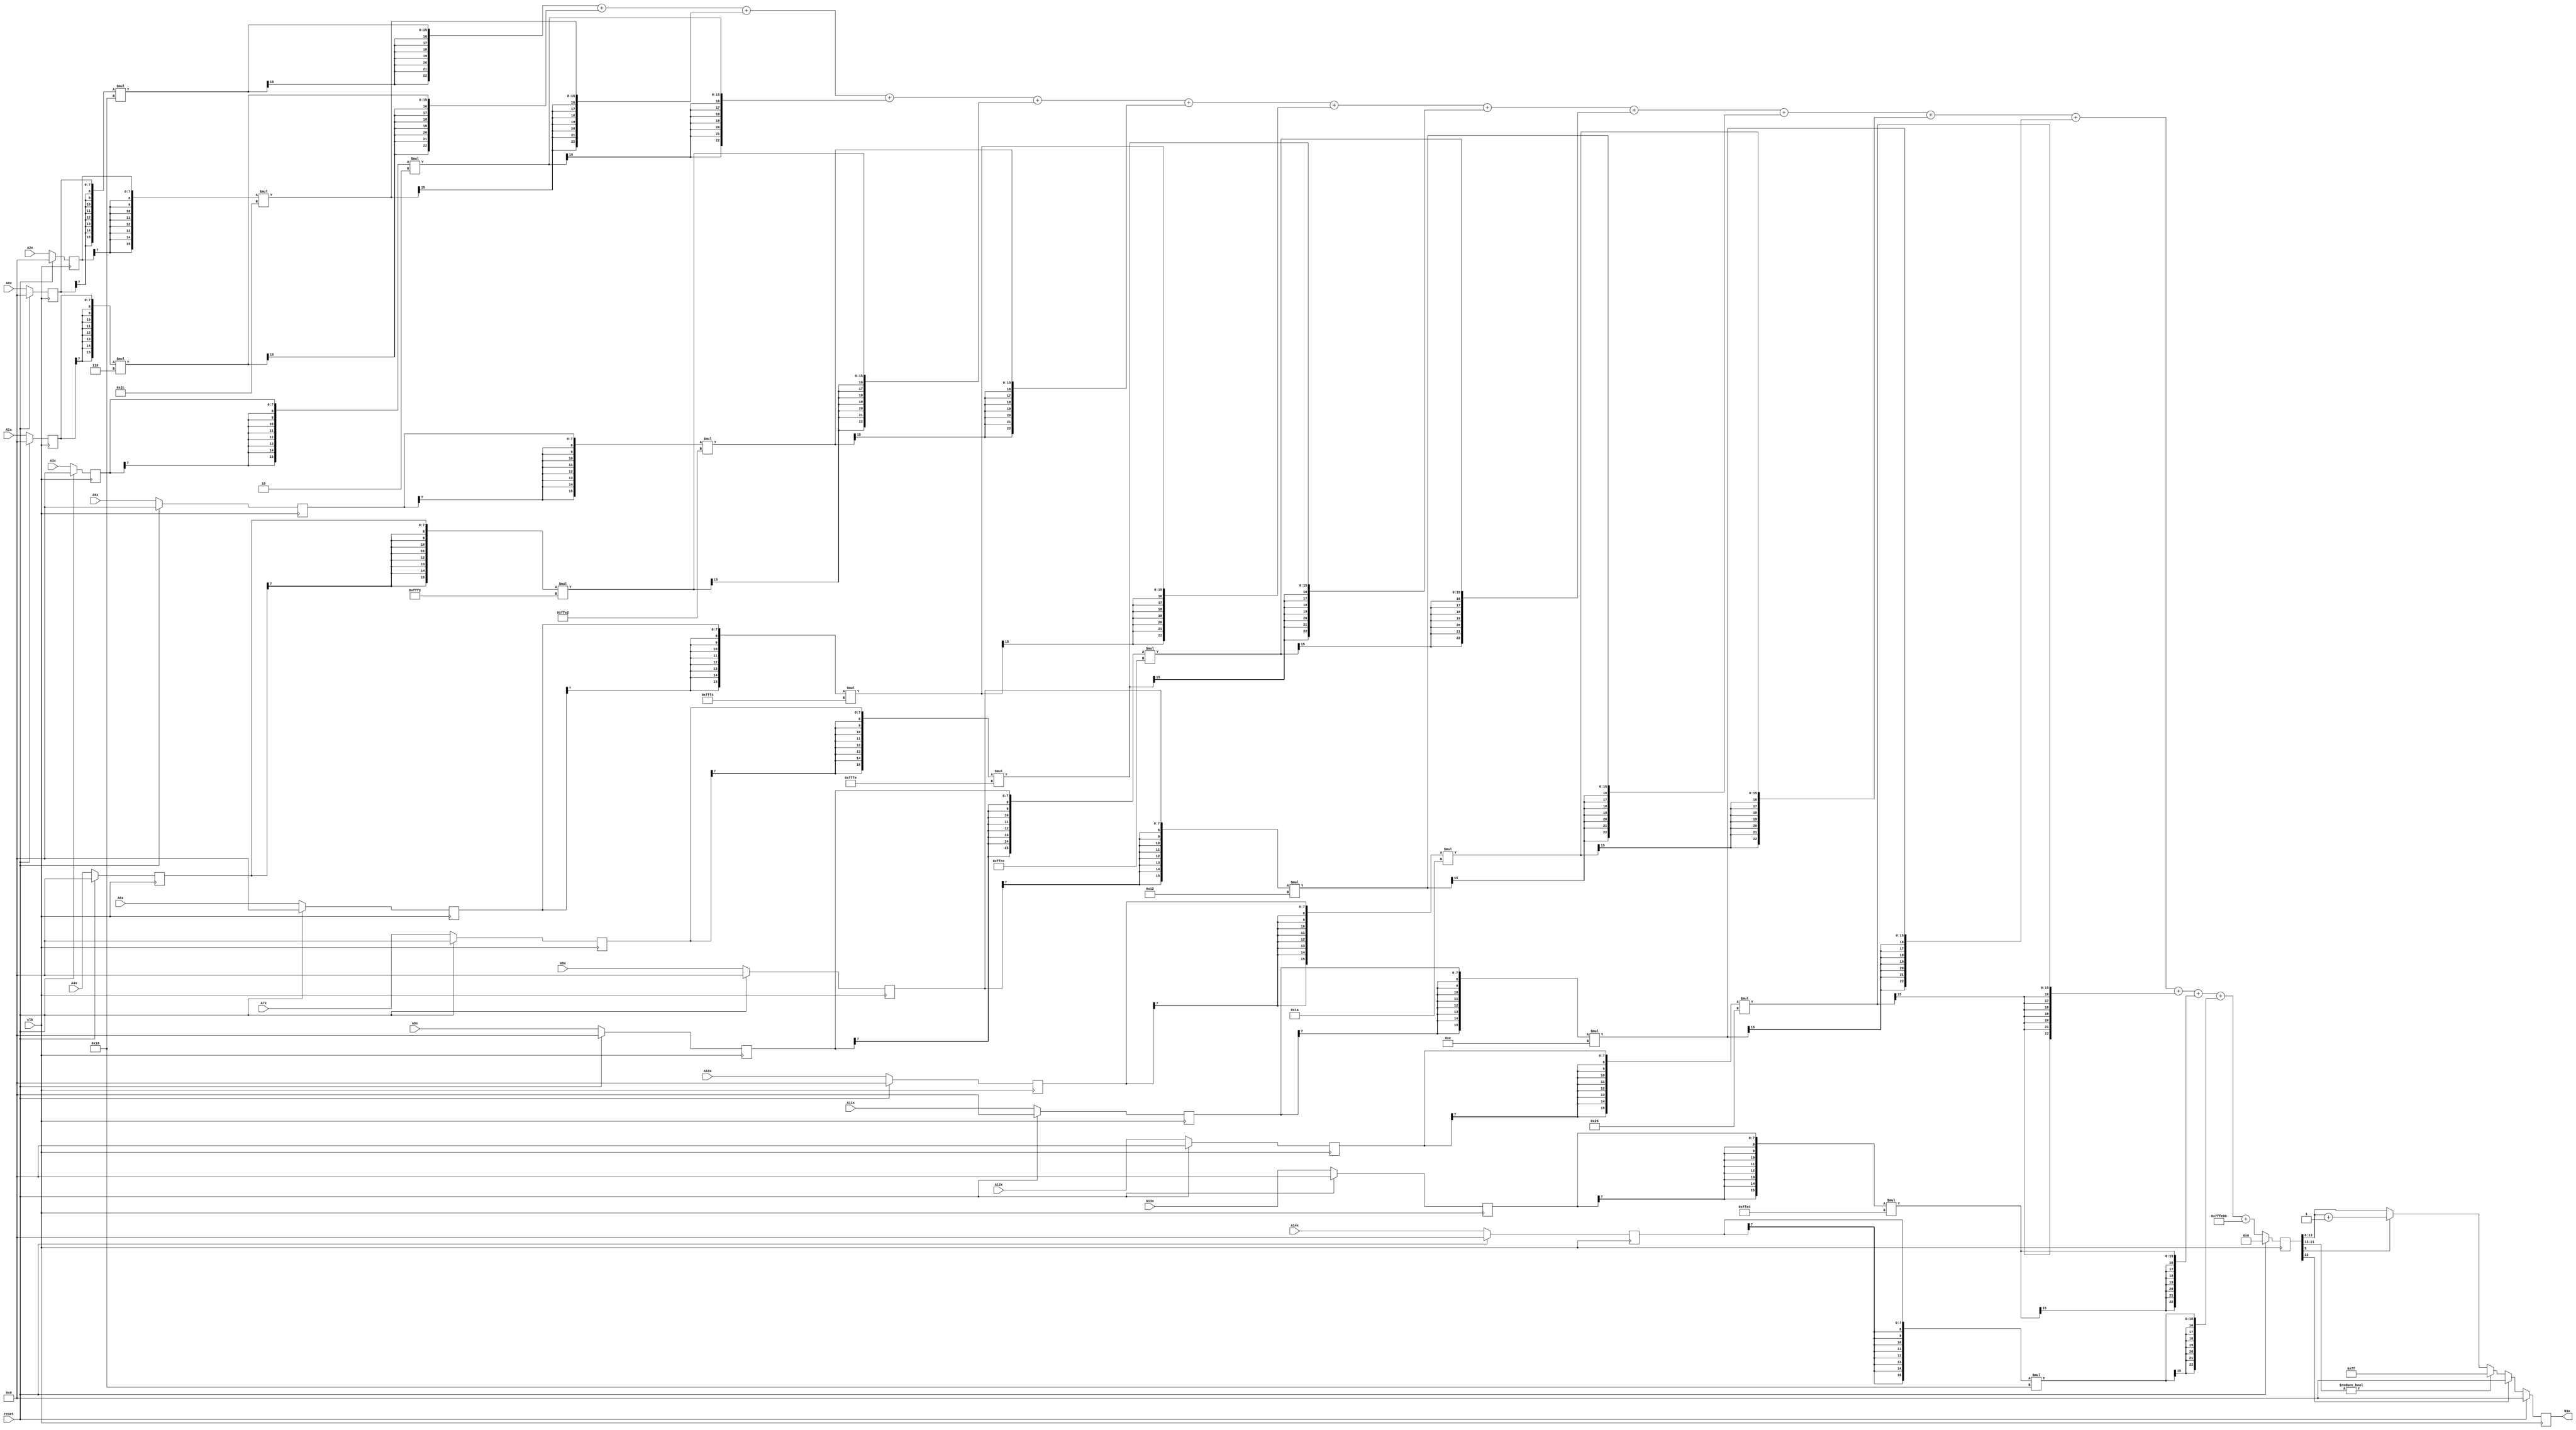
module node_4_3(clk,reset,N3x,A0x,A1x,A2x,A3x,A4x,A5x,A6x,A7x,A8x,A9x,A10x,A11x,A12x,A13x,A14x);
	input clk;
	input reset;
	input [7:0] A0x, A1x, A2x, A3x, A4x, A5x, A6x, A7x, A8x, A9x, A10x, A11x, A12x, A13x, A14x;
	reg [7:0] A0x_c, A1x_c, A2x_c, A3x_c, A4x_c, A5x_c, A6x_c, A7x_c, A8x_c, A9x_c, A10x_c, A11x_c, A12x_c, A13x_c, A14x_c;
	wire [15:0] sum0x, sum1x, sum2x, sum3x, sum4x, sum5x, sum6x, sum7x, sum8x, sum9x, sum10x, sum11x, sum12x, sum13x, sum14x;
	output reg [7:0] N3x;
	reg [22:0] sumout;

	parameter [7:0] W0x=8'd22;
	parameter [7:0] W1x=8'd6;
	parameter [7:0] W2x=8'd44;
	parameter [7:0] W3x=8'd2;
	parameter [7:0] W4x=-8'd14;
	parameter [7:0] W5x=-8'd30;
	parameter [7:0] W6x=-8'd12;
	parameter [7:0] W7x=-8'd2;
	parameter [7:0] W8x=-8'd52;
	parameter [7:0] W9x=8'd18;
	parameter [7:0] W10x=8'd26;
	parameter [7:0] W11x=8'd14;
	parameter [7:0] W12x=8'd38;
	parameter [7:0] W13x=-8'd28;
	parameter [7:0] W14x=8'd22;
	parameter [15:0] B0x=-16'd512;


	assign sum0x = {A0x_c[7],A0x_c[7],A0x_c[7],A0x_c[7],A0x_c[7],A0x_c[7],A0x_c[7],A0x_c[7],A0x_c}*{W0x[7],W0x[7],W0x[7],W0x[7],W0x[7],W0x[7],W0x[7],W0x[7],W0x};
	assign sum1x = {A1x_c[7],A1x_c[7],A1x_c[7],A1x_c[7],A1x_c[7],A1x_c[7],A1x_c[7],A1x_c[7],A1x_c}*{W1x[7],W1x[7],W1x[7],W1x[7],W1x[7],W1x[7],W1x[7],W1x[7],W1x};
	assign sum2x = {A2x_c[7],A2x_c[7],A2x_c[7],A2x_c[7],A2x_c[7],A2x_c[7],A2x_c[7],A2x_c[7],A2x_c}*{W2x[7],W2x[7],W2x[7],W2x[7],W2x[7],W2x[7],W2x[7],W2x[7],W2x};
	assign sum3x = {A3x_c[7],A3x_c[7],A3x_c[7],A3x_c[7],A3x_c[7],A3x_c[7],A3x_c[7],A3x_c[7],A3x_c}*{W3x[7],W3x[7],W3x[7],W3x[7],W3x[7],W3x[7],W3x[7],W3x[7],W3x};
	assign sum4x = {A4x_c[7],A4x_c[7],A4x_c[7],A4x_c[7],A4x_c[7],A4x_c[7],A4x_c[7],A4x_c[7],A4x_c}*{W4x[7],W4x[7],W4x[7],W4x[7],W4x[7],W4x[7],W4x[7],W4x[7],W4x};
	assign sum5x = {A5x_c[7],A5x_c[7],A5x_c[7],A5x_c[7],A5x_c[7],A5x_c[7],A5x_c[7],A5x_c[7],A5x_c}*{W5x[7],W5x[7],W5x[7],W5x[7],W5x[7],W5x[7],W5x[7],W5x[7],W5x};
	assign sum6x = {A6x_c[7],A6x_c[7],A6x_c[7],A6x_c[7],A6x_c[7],A6x_c[7],A6x_c[7],A6x_c[7],A6x_c}*{W6x[7],W6x[7],W6x[7],W6x[7],W6x[7],W6x[7],W6x[7],W6x[7],W6x};
	assign sum7x = {A7x_c[7],A7x_c[7],A7x_c[7],A7x_c[7],A7x_c[7],A7x_c[7],A7x_c[7],A7x_c[7],A7x_c}*{W7x[7],W7x[7],W7x[7],W7x[7],W7x[7],W7x[7],W7x[7],W7x[7],W7x};
	assign sum8x = {A8x_c[7],A8x_c[7],A8x_c[7],A8x_c[7],A8x_c[7],A8x_c[7],A8x_c[7],A8x_c[7],A8x_c}*{W8x[7],W8x[7],W8x[7],W8x[7],W8x[7],W8x[7],W8x[7],W8x[7],W8x};
	assign sum9x = {A9x_c[7],A9x_c[7],A9x_c[7],A9x_c[7],A9x_c[7],A9x_c[7],A9x_c[7],A9x_c[7],A9x_c}*{W9x[7],W9x[7],W9x[7],W9x[7],W9x[7],W9x[7],W9x[7],W9x[7],W9x};
	assign sum10x = {A10x_c[7],A10x_c[7],A10x_c[7],A10x_c[7],A10x_c[7],A10x_c[7],A10x_c[7],A10x_c[7],A10x_c}*{W10x[7],W10x[7],W10x[7],W10x[7],W10x[7],W10x[7],W10x[7],W10x[7],W10x};
	assign sum11x = {A11x_c[7],A11x_c[7],A11x_c[7],A11x_c[7],A11x_c[7],A11x_c[7],A11x_c[7],A11x_c[7],A11x_c}*{W11x[7],W11x[7],W11x[7],W11x[7],W11x[7],W11x[7],W11x[7],W11x[7],W11x};
	assign sum12x = {A12x_c[7],A12x_c[7],A12x_c[7],A12x_c[7],A12x_c[7],A12x_c[7],A12x_c[7],A12x_c[7],A12x_c}*{W12x[7],W12x[7],W12x[7],W12x[7],W12x[7],W12x[7],W12x[7],W12x[7],W12x};
	assign sum13x = {A13x_c[7],A13x_c[7],A13x_c[7],A13x_c[7],A13x_c[7],A13x_c[7],A13x_c[7],A13x_c[7],A13x_c}*{W13x[7],W13x[7],W13x[7],W13x[7],W13x[7],W13x[7],W13x[7],W13x[7],W13x};
	assign sum14x = {A14x_c[7],A14x_c[7],A14x_c[7],A14x_c[7],A14x_c[7],A14x_c[7],A14x_c[7],A14x_c[7],A14x_c}*{W14x[7],W14x[7],W14x[7],W14x[7],W14x[7],W14x[7],W14x[7],W14x[7],W14x};

	always@(posedge clk) begin

		if(reset)
			begin
			N3x<=8'd0;
			sumout<=16'd0;
			A0x_c <= 8'd0;
			A1x_c <= 8'd0;
			A2x_c <= 8'd0;
			A3x_c <= 8'd0;
			A4x_c <= 8'd0;
			A5x_c <= 8'd0;
			A6x_c <= 8'd0;
			A7x_c <= 8'd0;
			A8x_c <= 8'd0;
			A9x_c <= 8'd0;
			A10x_c <= 8'd0;
			A11x_c <= 8'd0;
			A12x_c <= 8'd0;
			A13x_c <= 8'd0;
			A14x_c <= 8'd0;
			end
		else
			begin
			A0x_c <= A0x;
			A1x_c <= A1x;
			A2x_c <= A2x;
			A3x_c <= A3x;
			A4x_c <= A4x;
			A5x_c <= A5x;
			A6x_c <= A6x;
			A7x_c <= A7x;
			A8x_c <= A8x;
			A9x_c <= A9x;
			A10x_c <= A10x;
			A11x_c <= A11x;
			A12x_c <= A12x;
			A13x_c <= A13x;
			A14x_c <= A14x;
			sumout<={sum0x[15],sum0x[15],sum0x[15],sum0x[15],sum0x[15],sum0x[15],sum0x[15],sum0x}+{sum1x[15],sum1x[15],sum1x[15],sum1x[15],sum1x[15],sum1x[15],sum1x[15],sum1x}+{sum2x[15],sum2x[15],sum2x[15],sum2x[15],sum2x[15],sum2x[15],sum2x[15],sum2x}+{sum3x[15],sum3x[15],sum3x[15],sum3x[15],sum3x[15],sum3x[15],sum3x[15],sum3x}+{sum4x[15],sum4x[15],sum4x[15],sum4x[15],sum4x[15],sum4x[15],sum4x[15],sum4x}+{sum5x[15],sum5x[15],sum5x[15],sum5x[15],sum5x[15],sum5x[15],sum5x[15],sum5x}+{sum6x[15],sum6x[15],sum6x[15],sum6x[15],sum6x[15],sum6x[15],sum6x[15],sum6x}+{sum7x[15],sum7x[15],sum7x[15],sum7x[15],sum7x[15],sum7x[15],sum7x[15],sum7x}+{sum8x[15],sum8x[15],sum8x[15],sum8x[15],sum8x[15],sum8x[15],sum8x[15],sum8x}+{sum9x[15],sum9x[15],sum9x[15],sum9x[15],sum9x[15],sum9x[15],sum9x[15],sum9x}+{sum10x[15],sum10x[15],sum10x[15],sum10x[15],sum10x[15],sum10x[15],sum10x[15],sum10x}+{sum11x[15],sum11x[15],sum11x[15],sum11x[15],sum11x[15],sum11x[15],sum11x[15],sum11x}+{sum12x[15],sum12x[15],sum12x[15],sum12x[15],sum12x[15],sum12x[15],sum12x[15],sum12x}+{sum13x[15],sum13x[15],sum13x[15],sum13x[15],sum13x[15],sum13x[15],sum13x[15],sum13x}+{sum14x[15],sum14x[15],sum14x[15],sum14x[15],sum14x[15],sum14x[15],sum14x[15],sum14x}+{B0x[15],B0x[15],B0x[15],B0x[15],B0x[15],B0x[15],B0x[15],B0x};

			if(sumout[22]==0)
				begin
				if(sumout[21:13]!=9'b0)
					N3x<=8'd127;
				else
					begin
					if(sumout[5]==1)
						N3x<=sumout[13:6]+8'd1;
					else
						N3x<=sumout[13:6];
					end
				end
			else
				N3x<=8'd0;
			end
		end
endmodule